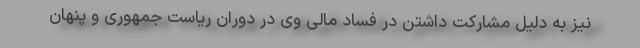
نیز به دلیل مشارکت داشتن در فساد مالی وی در دوران ریاست جمهوری و پنهان